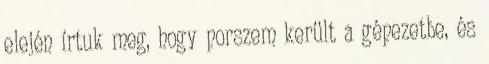
elején írtuk meg, hogy porszem került a gépezetbe, és